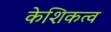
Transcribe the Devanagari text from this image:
केशिकत्व